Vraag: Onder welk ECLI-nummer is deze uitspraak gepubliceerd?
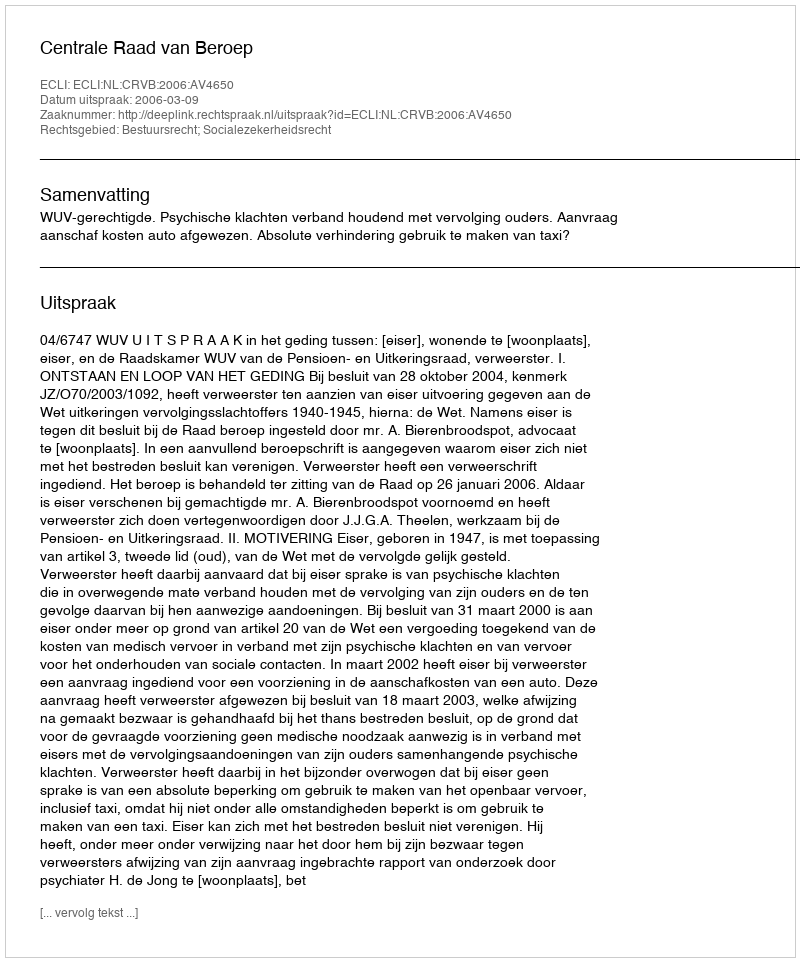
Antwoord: ECLI:NL:CRVB:2006:AV4650